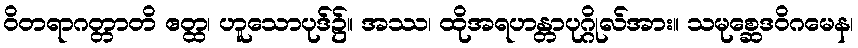
ဝိတရာဂတ္တာတိ ဧတ္ထ၊ ဟူသောပုဒ်၌။ အဿ၊ ထိုအရဟန္တာပုဂ္ဂိုလ်အား။ သမုစ္ဆေဒဝိဂမေန၊